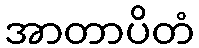
အာတာပိတံ